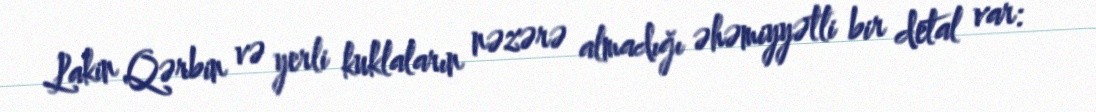
Lakin Qərbin və yerli kuklaların nəzərə almadığı əhəmiyyətli bir detal var: